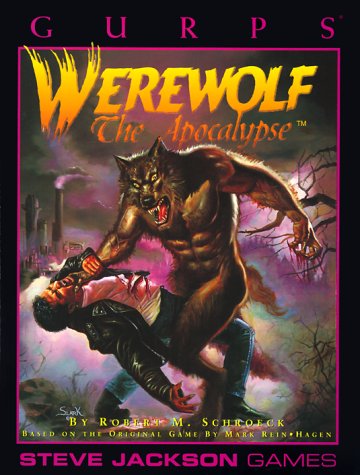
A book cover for GURPS Werewolf The Apocalypse (GURPS: Generic Universal Role Playing System); Robert Schroeck; Science Fiction & Fantasy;